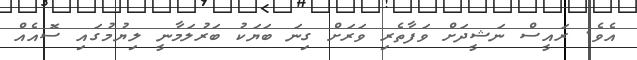
އެވެ. ރައީސް ނަޝީދަށް ވަފާތެރި ވަރަށް ގިނަ ބަޔަކު ބަރުލަމާނީ ލިޔުމުގައި ސޮއެއް